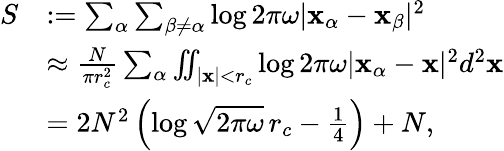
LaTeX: \begin{array}{rl}{S}&{:=\sum_{\alpha}\sum_{\beta\neq\alpha}\log 2\pi\omega|\mathbf x_{\alpha}-\mathbf x_{\beta}|^{2}}\\ &{\approx\frac{N}{\pi r_{c}^{2}}\sum_{\alpha}\iint_{|\mathbf x|<r_{c}}\log 2\pi\omega|\mathbf x_{\alpha}-\mathbf x|^{2}d^{2}\mathbf x}\\ &{=2N^{2}\left(\log\sqrt{2\pi\omega}\, r_{c}-\frac{1}{4}\right)+N,}\end{array}